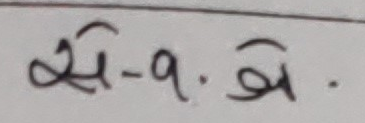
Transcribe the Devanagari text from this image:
से-१.ऐ.